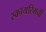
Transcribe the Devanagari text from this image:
स्कायरिमची